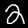
Digit: 2